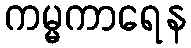
ကမ္မကာရေန